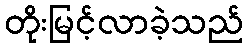
တိုးမြင့်လာခဲ့သည်